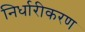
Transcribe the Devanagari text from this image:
निर्धारीकरण